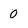
Character: 0